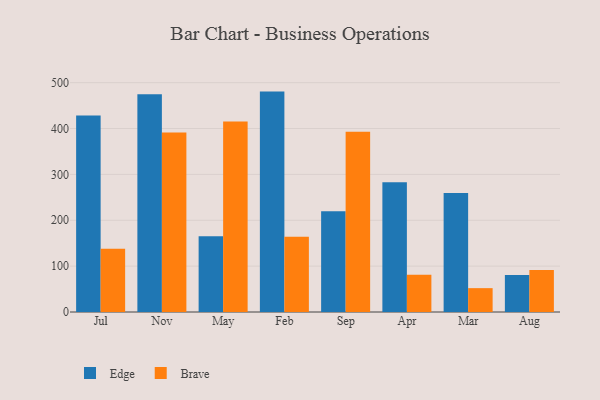
{"axis": {"x": "Month", "y": "Budget (USD K)"}, "legend": ["Brave", "Edge"], "data": [{"x": "Jul", "y": 428.5, "type": "Edge"}, {"x": "Jul", "y": 137.9, "type": "Brave"}, {"x": "Nov", "y": 474.7, "type": "Edge"}, {"x": "Nov", "y": 391.5, "type": "Brave"}, {"x": "May", "y": 164.9, "type": "Edge"}, {"x": "May", "y": 415.1, "type": "Brave"}, {"x": "Feb", "y": 480.5, "type": "Edge"}, {"x": "Feb", "y": 163.9, "type": "Brave"}, {"x": "Sep", "y": 219.7, "type": "Edge"}, {"x": "Sep", "y": 392.9, "type": "Brave"}, {"x": "Apr", "y": 283.0, "type": "Edge"}, {"x": "Apr", "y": 81.1, "type": "Brave"}, {"x": "Mar", "y": 259.2, "type": "Edge"}, {"x": "Mar", "y": 52.0, "type": "Brave"}, {"x": "Aug", "y": 80.6, "type": "Edge"}, {"x": "Aug", "y": 91.6, "type": "Brave"}]}